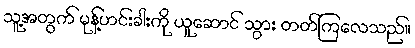
သူ့အတွက် မုန့်ဟင်းခါးကို ယူဆောင် သွား တတ်ကြလေသည်။